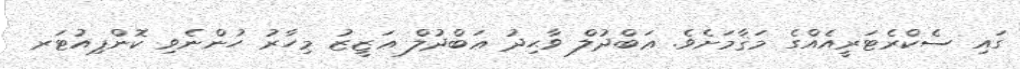
ގައި ސެކްރެޓަރީއެއްގެ މަޤާމަށެވެ. ޢަބްދުލް ވާޙިދު ޢަބްދުލް ޢަޒީޒު މިހާރު ހުންނެވި ކޮންޕިއުޓަރ